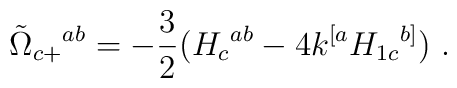
{\tilde \Omega}_{c+}{}^{ab} = -{3\over 2} (H_c{}^{ab} - 4 k^{[a}H_{1c}{}^{b]})\ .